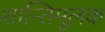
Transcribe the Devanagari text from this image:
शान्तिमूलक